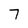
Character: 7